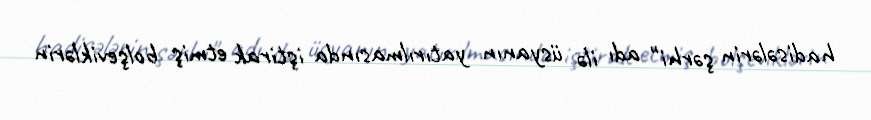
hadisələrin şərhi" adı ilə üsyanın yatırılmasında iştirak etmiş bolşeviklərin